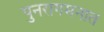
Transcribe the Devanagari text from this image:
पुनरागमनात